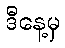
ဒီနေ့မှ